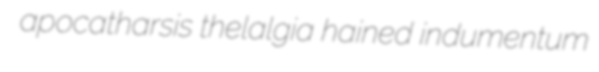
apocatharsis thelalgia hained indumentum